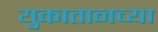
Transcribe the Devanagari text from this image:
युकातानच्या